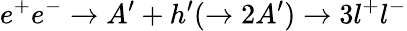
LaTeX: e^{+}e^{-}\rightarrow A^{\prime}+h^{\prime}(\rightarrow 2A^{\prime})\rightarrow 3l^{+}l^{-}